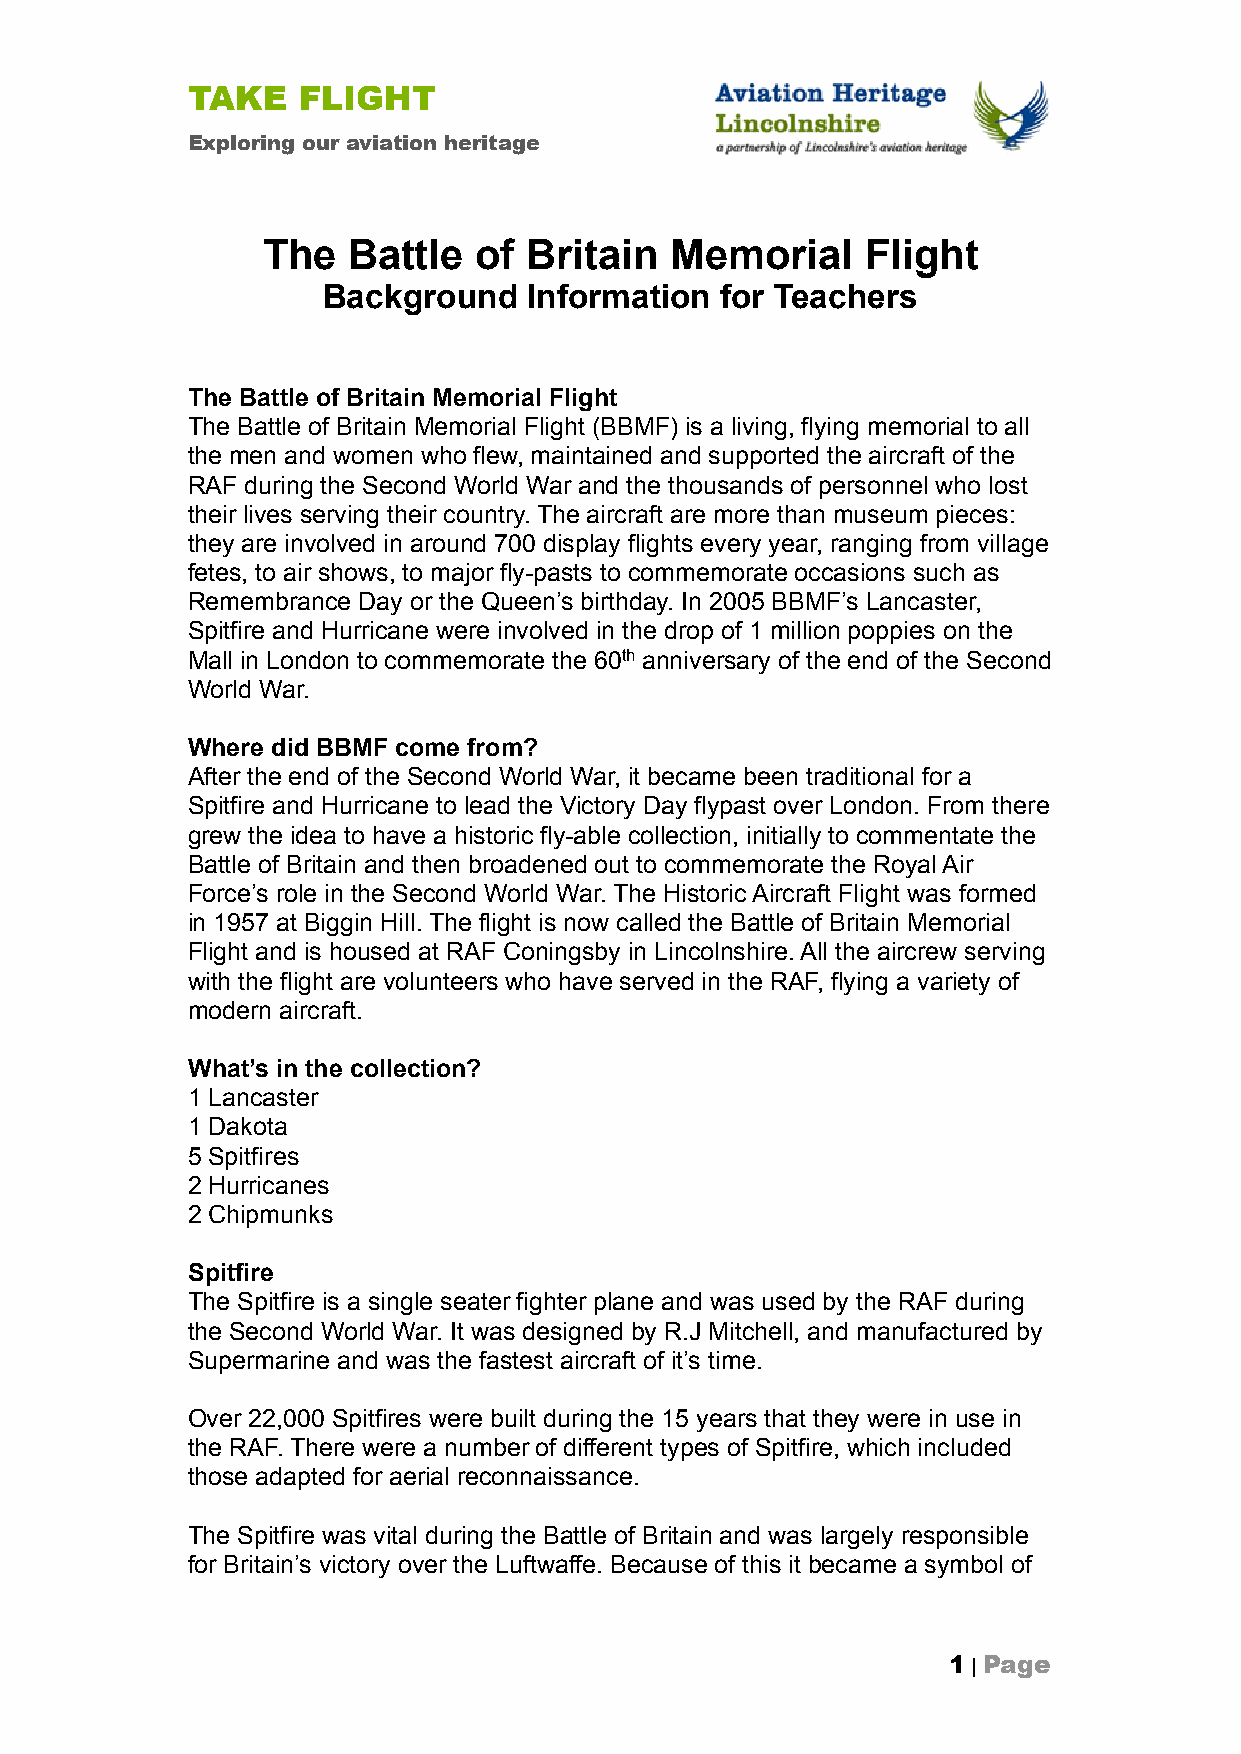
TAKE    FLIGHT
 Exploring our aviation heritage
 The   Battle  of  Britain  Memorial     Flight
 Background    Information  for Teachers
 The Battle of Britain Memorial Flight
 The Battle of Britain Memorial Flight (BBMF) is a living, flying memorial to all
 the men and women who flew, maintained and supported the aircraft of the
 RAF during the Second World War and the thousands of personnel who lost
 their lives serving their country. The aircraft are more than museum pieces:
 they are involved in around 700 display flights every year, ranging from village
 fetes, to air shows, to major fly-pasts to commemorate occasions such as
 Remembrance Day or the Queen’s birthday. In 2005 BBMF’s Lancaster,
 Spitfire and Hurricane were involved in the drop of 1 million poppies on the
 Mall in London to commemorate the 60th anniversary of the end of the Second
 World War.
 Where did BBMF come from?
 After the end of the Second World War, it became been traditional for a
 Spitfire and Hurricane to lead the Victory Day flypast over London. From there
 grew the idea to have a historic fly-able collection, initially to commentate the
 Battle of Britain and then broadened out to commemorate the Royal Air
 Force’s role in the Second World War. The Historic Aircraft Flight was formed
 in 1957 at Biggin Hill. The flight is now called the Battle of Britain Memorial
 Flight and is housed at RAF Coningsby in Lincolnshire. All the aircrew serving
 with the flight are volunteers who have served in the RAF, flying a variety of
 modern aircraft.
 What’s in the collection?
 1 Lancaster
 1 Dakota
 5 Spitfires
 2 Hurricanes
 2 Chipmunks
 Spitfire
 The Spitfire is a single seater fighter plane and was used by the RAF during
 the Second World War. It was designed by R.J Mitchell, and manufactured by
 Supermarine and was the fastest aircraft of it’s time.
 Over 22,000 Spitfires were built during the 15 years that they were in use in
 the RAF. There were a number of different types of Spitfire, which included
 those adapted for aerial reconnaissance.
 The Spitfire was vital during the Battle of Britain and was largely responsible
 for Britain’s victory over the Luftwaffe. Because of this it became a symbol of
 1 | Page